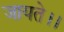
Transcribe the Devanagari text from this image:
जायते।।